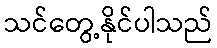
သင်တွေ့နိုင်ပါသည်